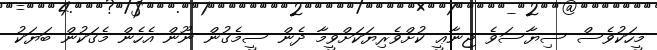
މީހަކުވެސް ސިޔާސަވެ ޖިނާޢީ ކުށްވެރިޔަކަށްވީމާ ދެން ސީމެގުން ނޫން އެހެން މެގަކުން ބަޔަކު